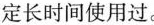
定长时间使用过。